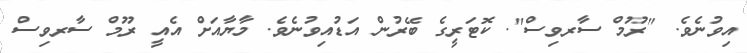
އިވުނެވެ. "ރޫމް ސާރވިސް". ކޮޓަރީގެ ބޭރުން އަޑުއިވުނެވެ. މާޔާއަށް އެއީ ރޫމް ސާރވިސް